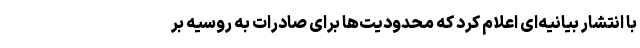
با انتشار بیانیه‌ای اعلام کرد که محدودیت‌ها برای صادرات به روسیه بر